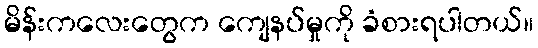
မိန်းကလေးတွေက ကျေနပ်မှုကို ခံစားရပါတယ်။